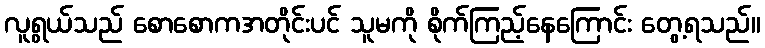
လူရွယ်သည် စောစောကအတိုင်းပင် သူမကို စိုက်ကြည့်နေကြောင်း တွေ့ရသည်။